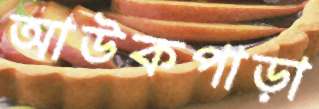
আউকপাড়া